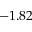
- 1 . 8 2